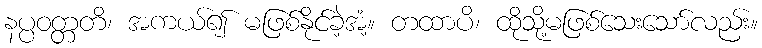
နပ္ပဝတ္တတိ၊ အကယ်၍ မဖြစ်နိုင်ခဲ့အံ့။ တထာပိ၊ ထိုသို့မဖြစ်သေးသော်လည်း။